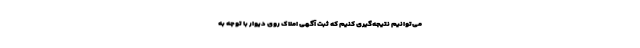
می‌توانیم نتیجه‌گیری کنیم که ثبت آگهی املاک روی دیوار با توجه به